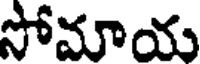
సోమాయ